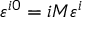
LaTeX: \varepsilon ^ { i 0 } = i M \varepsilon ^ { i }